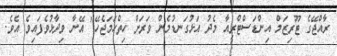
ރާއްޖޭގެ ޓޫރިޒަމް އިންޑަސްޓްރީއާ މެދު އަޅުގަނޑުމެން ވަރަށް ހިތްހަމަޖެހޭ" އޭނާ ވިދާޅުވެފައިވެ އެވެ.